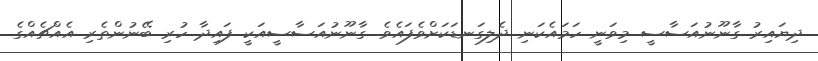
ދިޔައިރު ގާނޫނުއަސާސީ މިވަނީ ހަމައެކަނި ދެލިގަނޑަކަށްވެފައެވެ. ގާނޫނުއަސާސީއަކީ ފައިދާ ހުރި ބޭނުންތެރި އެއްޗެއްގެ